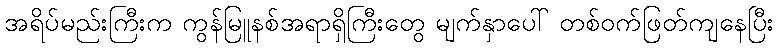
အရိပ်မည်းကြီးက ကွန်မြူနစ်အရာရှိကြီးတွေ မျက်နှာပေါ် တစ်ဝက်ဖြတ်ကျနေပြီး